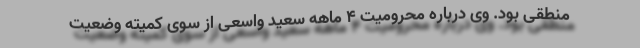
منطقی بود. وی درباره محرومیت 4 ماهه سعید واسعی از سوی کمیته وضعیت